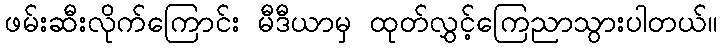
ဖမ်းဆီးလိုက်ကြောင်း မီဒီယာမှ ထုတ်လွှင့်ကြေညာသွားပါတယ်။